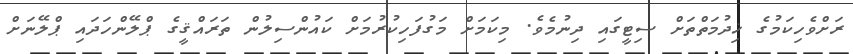
ރަށްވެހިކަމުގެ ޚިދުމަތްތަށް ސިޓީގައި ދިނުމެވެ. މިކަމަށް މަގުފަހިކުރުމަށް ކައުންސިލުން ތަރައްޤީގެ ޕްލޭންހަދައި ޕްލޭނަށް